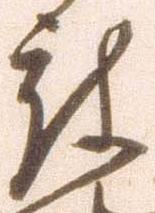
被